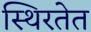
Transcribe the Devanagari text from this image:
स्थिरतेत